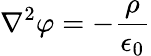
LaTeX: \nabla^{2}\varphi=-{\frac{\rho}{\epsilon_{0}}}